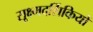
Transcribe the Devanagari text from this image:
सूक्ष्मदर्शिकियों